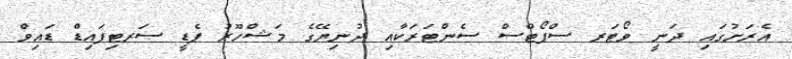
އެރަށުގައި ދަނީ ވޯޓަރ ސްޕޯޓްސް ސެންޓަރަކާއި ދުނިޔޭގެ މަޝްހޫރު ޕެޑީ ސަރޓިފައިޑް ޑައިވް